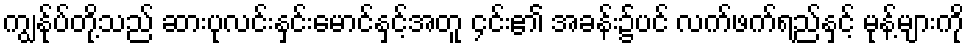
ကျွန်ုပ်တို့သည် ဆားပုလင်းနှင်းမောင်နှင့်အတူ ၄င်း၏ အခန်း၌ပင် လက်ဖက်ရည်နှင့် မုန့်များကို